King Institute of Preventive Medicine Micro-Biological Section reports 1909-11
Year: 1909
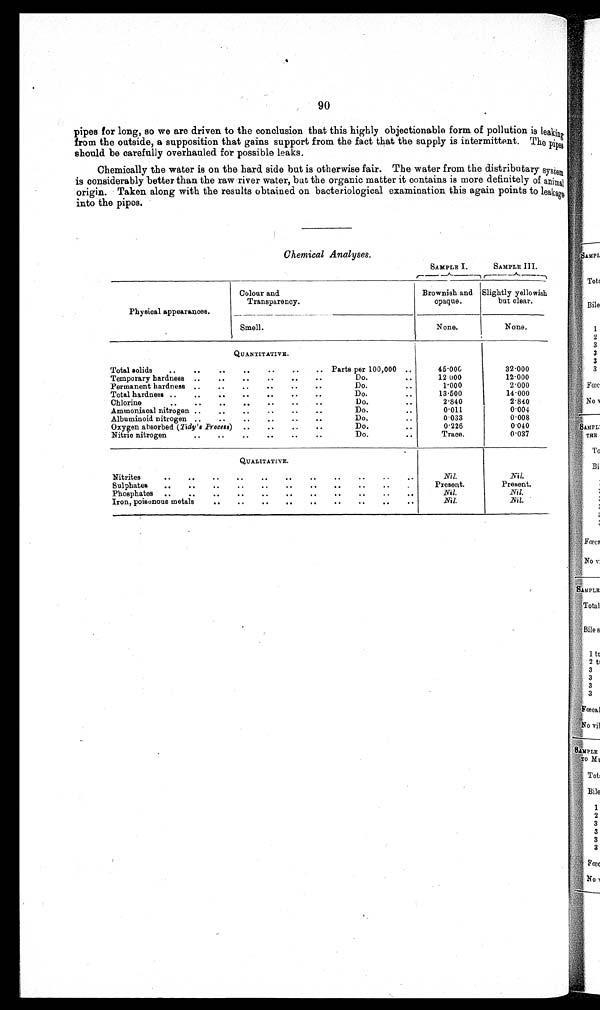
90
pipes for long, so we are driven to the conclusion that this highly objectionable form of pollution is leaking
from the outside, a supposition that gains support from the fact that the supply is intermittent. The pip
e s should be carefully overhauled for possible leaks.
Chemically the water is on the hard side but is otherwise fair. The water from the distributary syste
m
is considerably better than the raw river water, but the organic matter it contains is more definitely of animal
origin. Taken along with the results obtained on bacteriological examination this again points to leakage
into the pipes.
Chemical Analyses.
SAMPLE I.
SAMPLE III.
Physical appearances.
Colour and
Transparency.
Brownish and
opaque.
Slightly yellowish
but clear.
Smell.
None.
None.
QUANTITATIVE.
Total solids
..
..
..
..
..
..
.. Parts per 100,000 ..
45. 000
32.000
Temporary hardness ..
..
..
.. ..
..
Do.
..
12.000
12.000
Permanent hardness ..
..
..
..
..
•
Do.
..
1.000
2.000
Total hardness ..
..
..
..
..
..
..
Do.
..
13.500
14.000
Chlorine
..
..
..
..
..
..
..
Do.
..
2.840
2.840
Ammoniaca] nitrogen ..
..
..
..
..
..
Do.
• •
0.011
0.004
Albuminoid nitrogen ..
..
..
..
..
..
Do.
..
0.033
0.008
Oxygen absorbed ( Tidy's Process) ..
..
..
..
Do.
..
0.226
0.040
Nitric nitrogen
..
..
..
..
..
..
Do.
..
Trace.
0.037
QUALITATIVE.
Nitrites
..
..
..
..
..
..
..
..
..
..
...
Nil.
Nil.
Sulphates
..
..
..
..
..
..
..
..
..
..
. .
Present.
Present.
Phosphates
..
..
..
..
..
..
..
..
..
..
..
Nil.
Nil.
Iron, poisonous metals
..
..
..
..
..
..
..
..
..
Nil.
Nil.